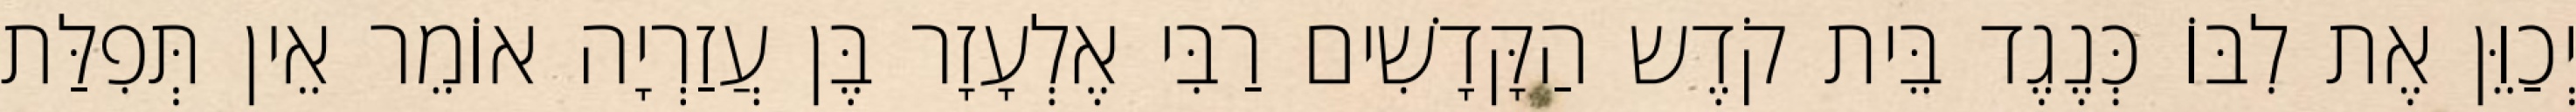
יְכַוֵּן אֶת לִבּוֹ כְּנֶגֶד בֵּית קֹדֶש הַקָּדָשִׁים רַבִּי אֶלְעָזָר בֶּן עֲזַרְיָה אוֹמֵר אֵין תְּפִלַּת